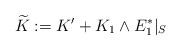
LaTeX: \begin{align*}\widetilde{K} := K' + K_1\wedge E_1^*|_S \end{align*}